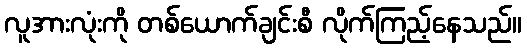
လူအားလုံးကို တစ်ယောက်ချင်းစီ လိုက်ကြည့်နေသည်။